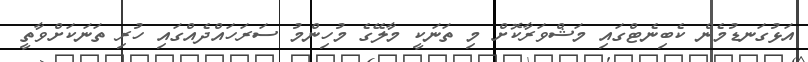
އަޅުގަނޑުމެން ކެބިނެޓްގައި މަޝްވަރާކޮށް މި ތަނަކީ މާލޭގެ މުހިންމު ސަރަހައްދެއްގައި ހުރި ތަނަކަށްވާތީ